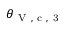
\theta _ { \mathrm { ~ V ~ , ~ c ~ , ~ 3 ~ } }